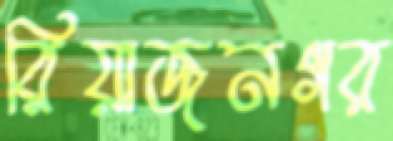
রিয়াজনগর